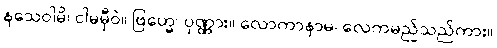
နသေဝါမိ၊ ငါမမှီဝဲ။ ဗြဟ္မေ၊ ပုဏ္ဏား။ လောကာနာမ၊ လေကမည်သည်ကား။